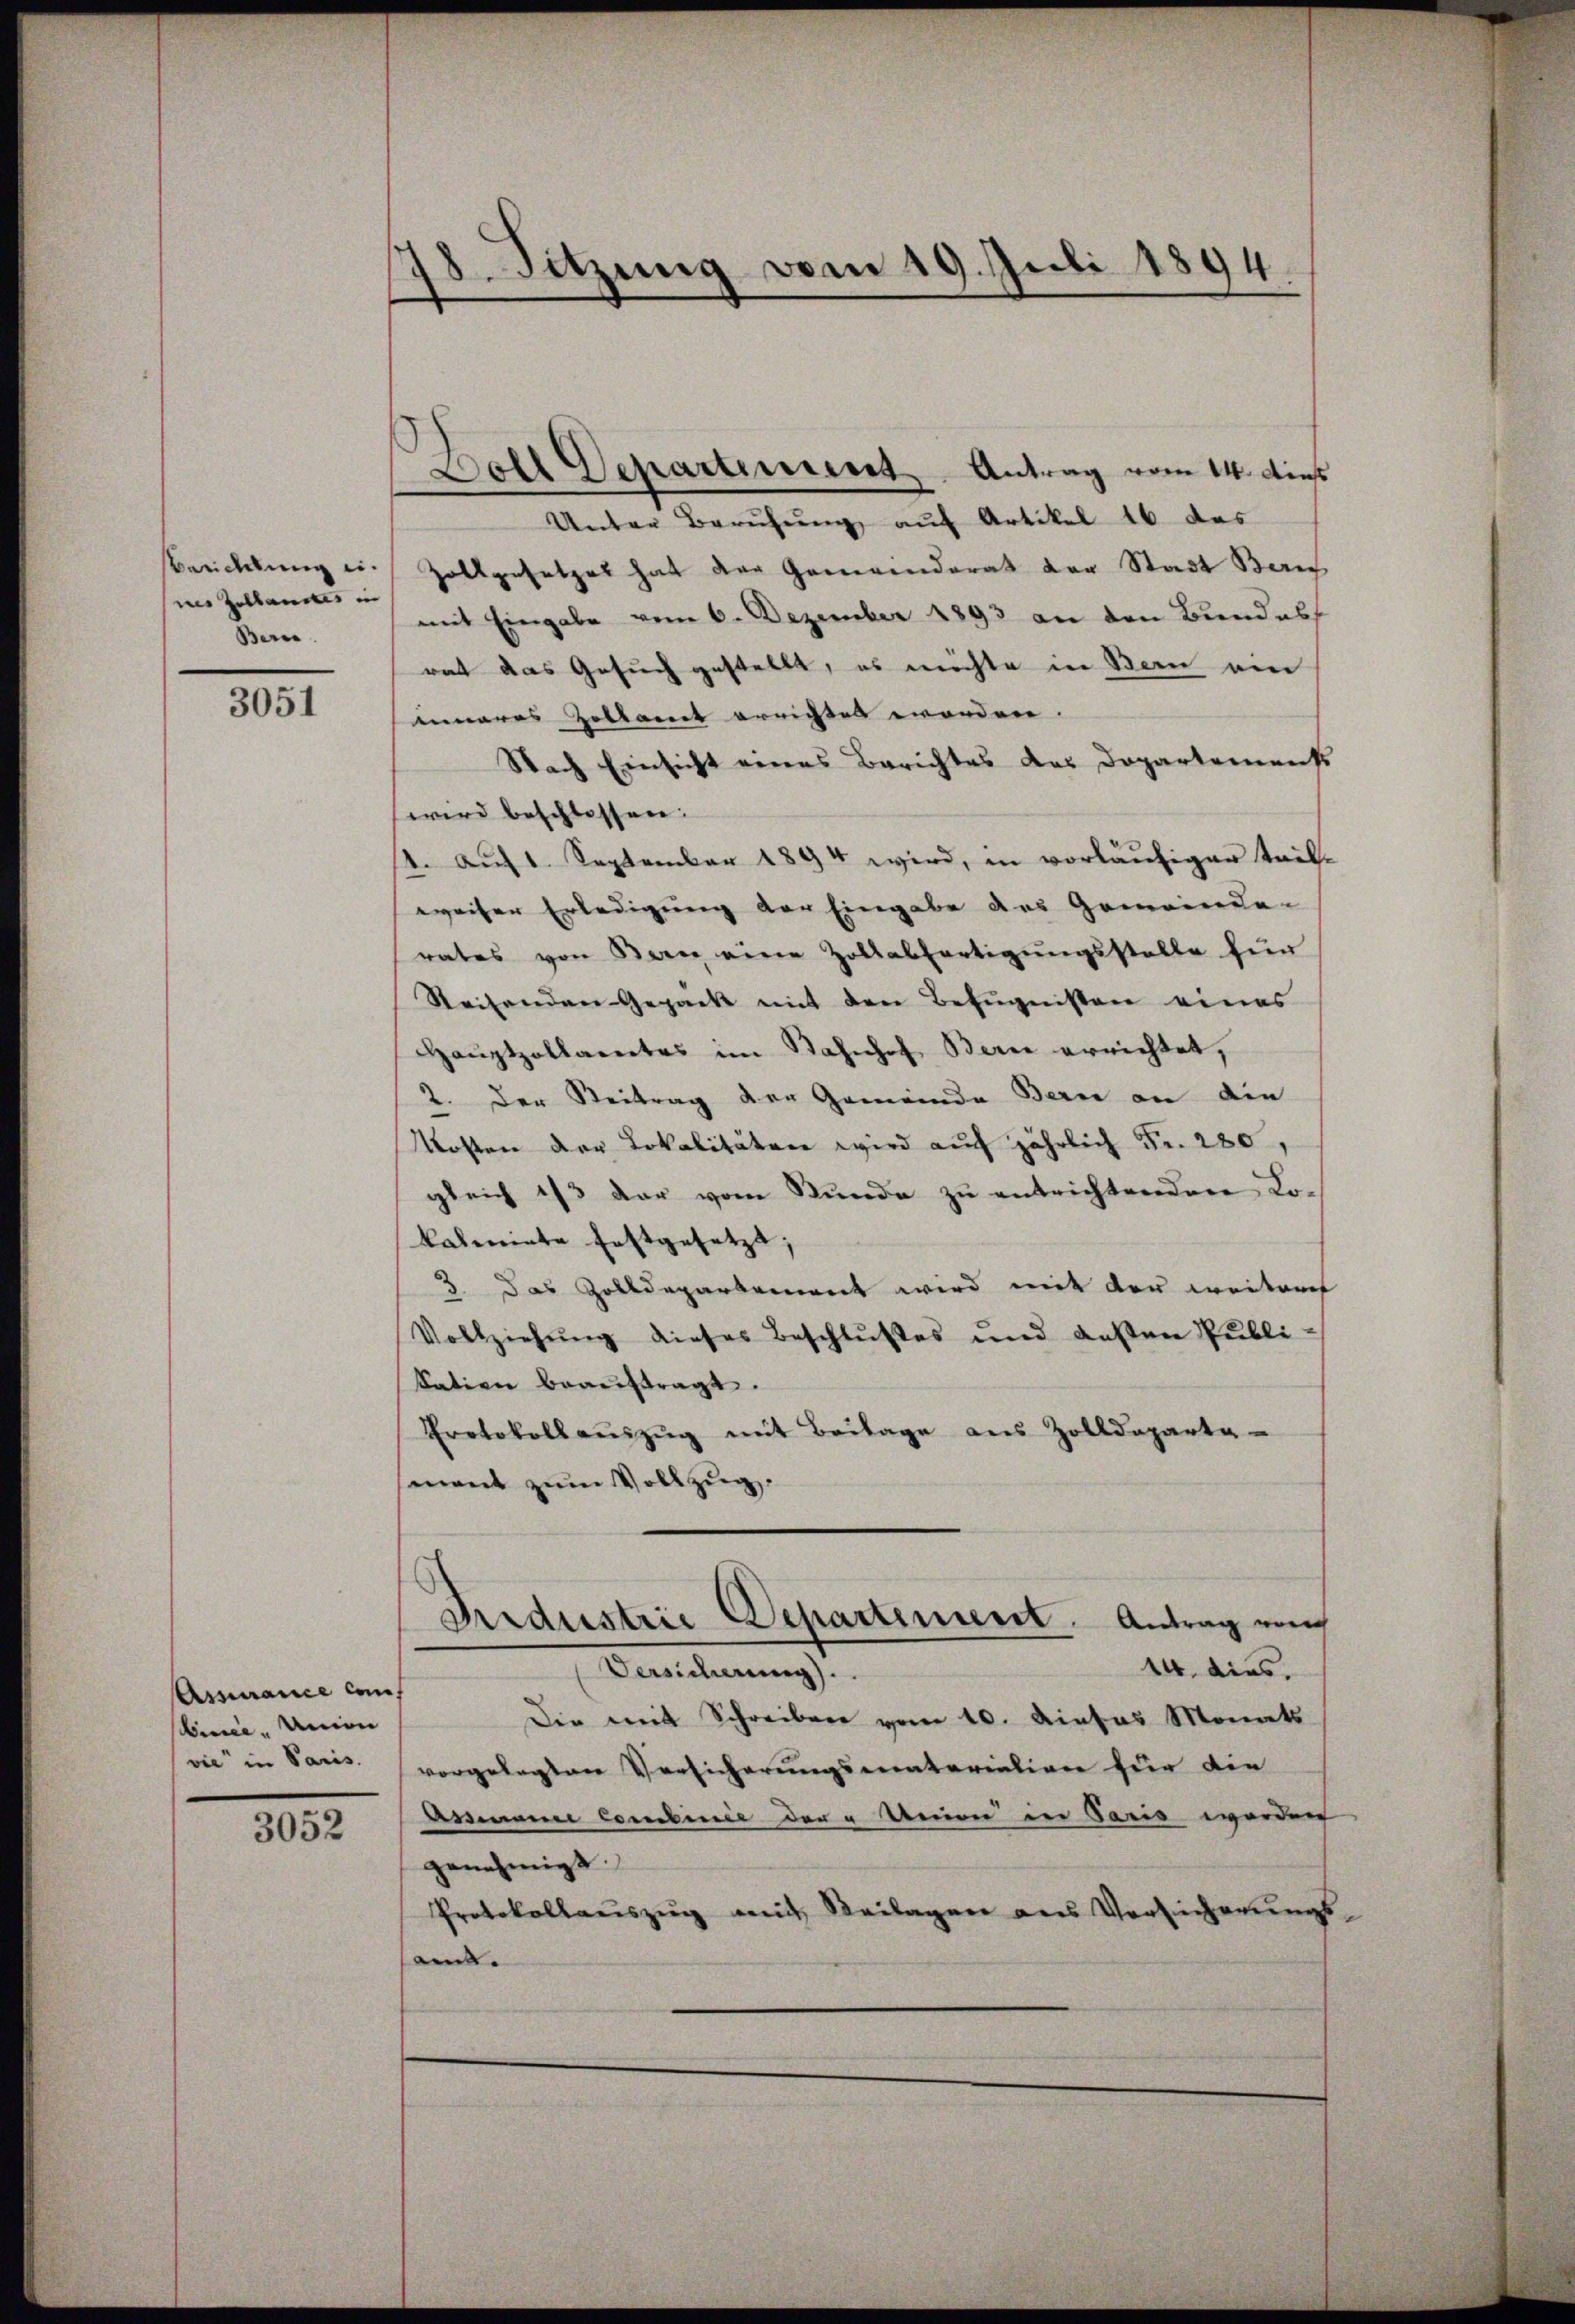
Berdung ei
mes Zollandes in
Bere

3051

Assance Caninee. Union
vie“ in Paris.

3052

78. Sitzung vom 19. Juli 1894

Bell Departement Antrag vom 14. dies
Unter Berŭhŭng auf Artikel 16 das
Zollgesetzes hat der Gemeinderat der Stadt Beric
mit Eingabe vom 6. Dezember 1893 an den Bundes
rat das Gesuch gestellt, es möchte in Bern am
inneres Zollamt errichtet worden.
Nach Einsicht eines Berichtes des Dopartements
wird beschlossen:
1. auf 1. September 1894 wird, in vorläufiger trif-
weiser Erledigung der Eingabe des Gemeinde-
rates von Bern eine Zollabfertigungsstelle für
Reisenden Gepack mit den Befugnissen eines
Haŭptzollamtes im Bahnhof Berne errichtet,
2. Der Beitrag der Gemeinde Bern an die
Kosten der Lokalitäten wird auf jährlich Fr. 280
gleich 1/3 der vom Stunde zu entrichtenden Lo¬
.
kalmiete festgesetze,
3 das Zolldepartement wird mit der weiterch
Vollziehung dieses Beschlußes und deßen Publi-
Sation beauftragt.
Protokollaŭszŭg mit Beilage aus Zolldeparta
mant zum Vollzug.
Fidustrie Departement. Antrag von
14. dies,
Versicherung).
Die mit Schreiben vom 10. Dieses Monats
vorgelegten Versicherungsmatariation für die
Armann Combinie der "Union in Paris werden
genehmigt.
Protokollauszug mit Beilagen aus Versicherungs
sam.